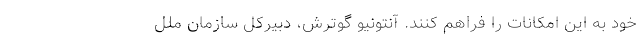
خود به این امکانات را فراهم کنند. آنتونیو گوترش، دبیرکل سازمان ملل